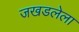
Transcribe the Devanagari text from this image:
जखडलेला